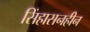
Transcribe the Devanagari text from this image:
सिंहासनहीन